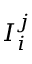
I _ { i } ^ { j }